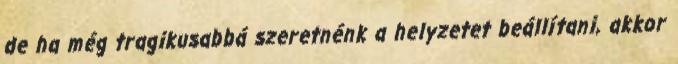
de ha még tragikusabbá szeretnénk a helyzetet beállítani, akkor